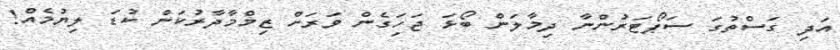
އަދި ގަސްތުގަ ސަޕޯޓަރުންނާ ދިމާލަން ބޯޅަ ޖަހަިގެން ވަަަރަށް ޒިމްމާދާރުކަން ކުޑަ ލިޔުމެއް!